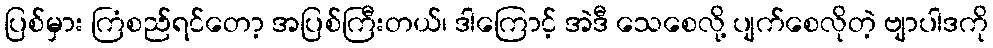
ပြစ်မှား ကြံစည်ရင်တော့ အပြစ်ကြီးတယ်၊ ဒါကြောင့် အဲဒီ သေစေလို့ ပျက်စေလိုတဲ့ ဗျာပါဒကို